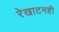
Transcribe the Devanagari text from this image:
रेखाटनही